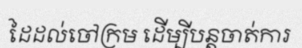
ដៃដល់ចៅក្រម ដើម្បីបន្តចាត់ការ